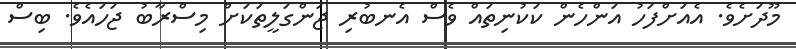
މޫދަށެވެ. އެއަށްފަހު އަންހެން ކަކުނިތައް ވެސް އެނބުރި ޖަންގަލީތަކަށް މިސްރާބު ޖަހައެވެ. ބިސް